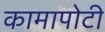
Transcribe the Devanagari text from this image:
कामापोटी